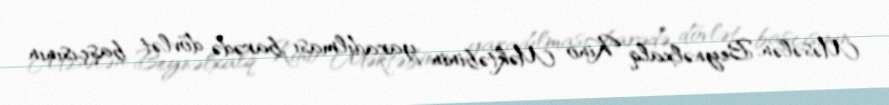
Məsələn, Beynəlxalq Kino Məktəbinin yaradılması barədə dövlət başçısının